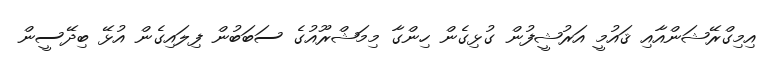
އިމިގްރޭޝަންއާއި ޤައުމީ އަރުޝީފުން ގުޅިގެން ހިންގާ މިމަޝްރޫއުގެ ސަބަބުން ފިލައިގެން އުޅޭ ބިދޭސީން